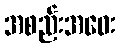
အစည်းအဝေး